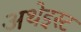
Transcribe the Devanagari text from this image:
अथेइस्ट